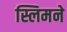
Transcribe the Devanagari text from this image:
स्लिमने